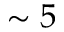
\sim 5